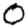
Digit: 0